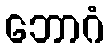
ဘောဂံ